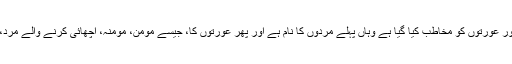
قرآن کریم میں جہاں جہاں مردوں اور عورتوں کو مخاطب کیا گیا ہے وہاں پہلے مردوں کا نام ہے اور پھر عورتوں کا، جیسے مومن، مومنہ، اچھائی کرنے والے مرد، اچھائی کرنے والی عورتیں وغیرہ۔